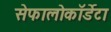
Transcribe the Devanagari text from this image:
सेफालोकॉर्डेटा